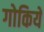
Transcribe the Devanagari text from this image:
गोकियें